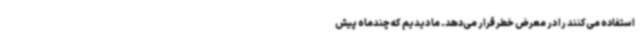
استفاده می‌کنند را در معرض خطر قرار می‌دهد. ما دیدیم که چندماه پیش